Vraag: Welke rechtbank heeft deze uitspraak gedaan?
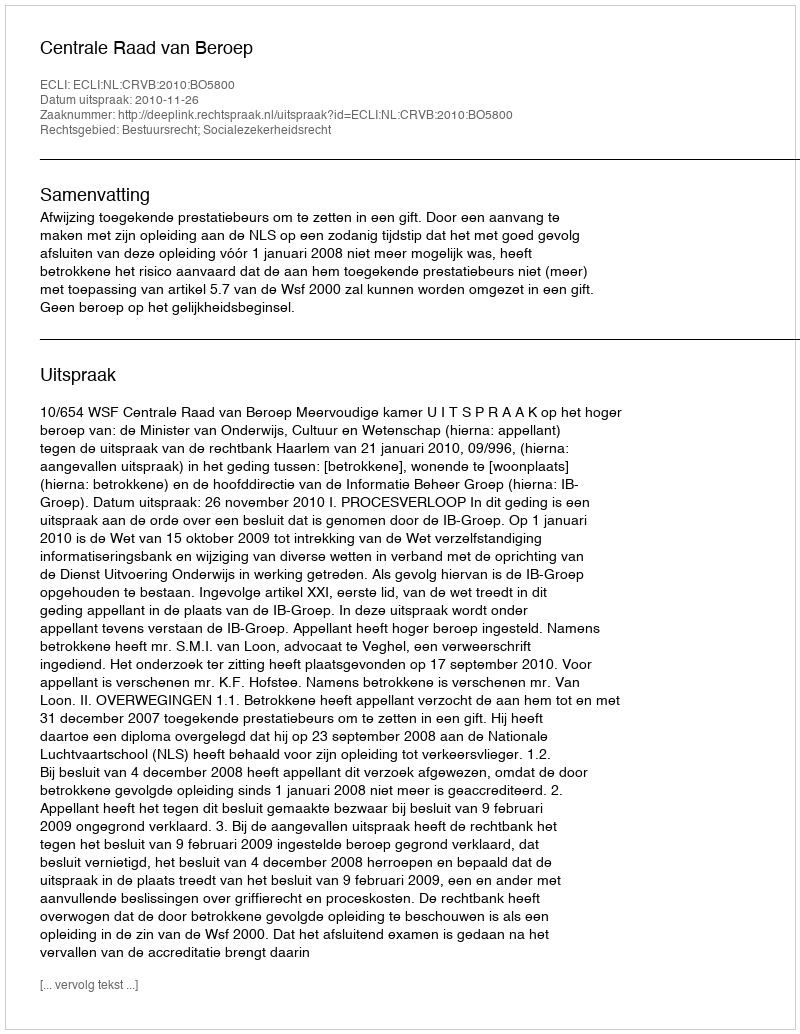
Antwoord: Centrale Raad van Beroep